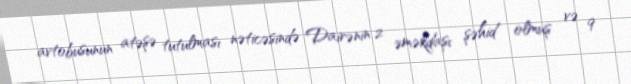
avtobusunun atəşə tutulması nəticəsində Dairənin 2 əməkdaşı şəhid olmuş və 9